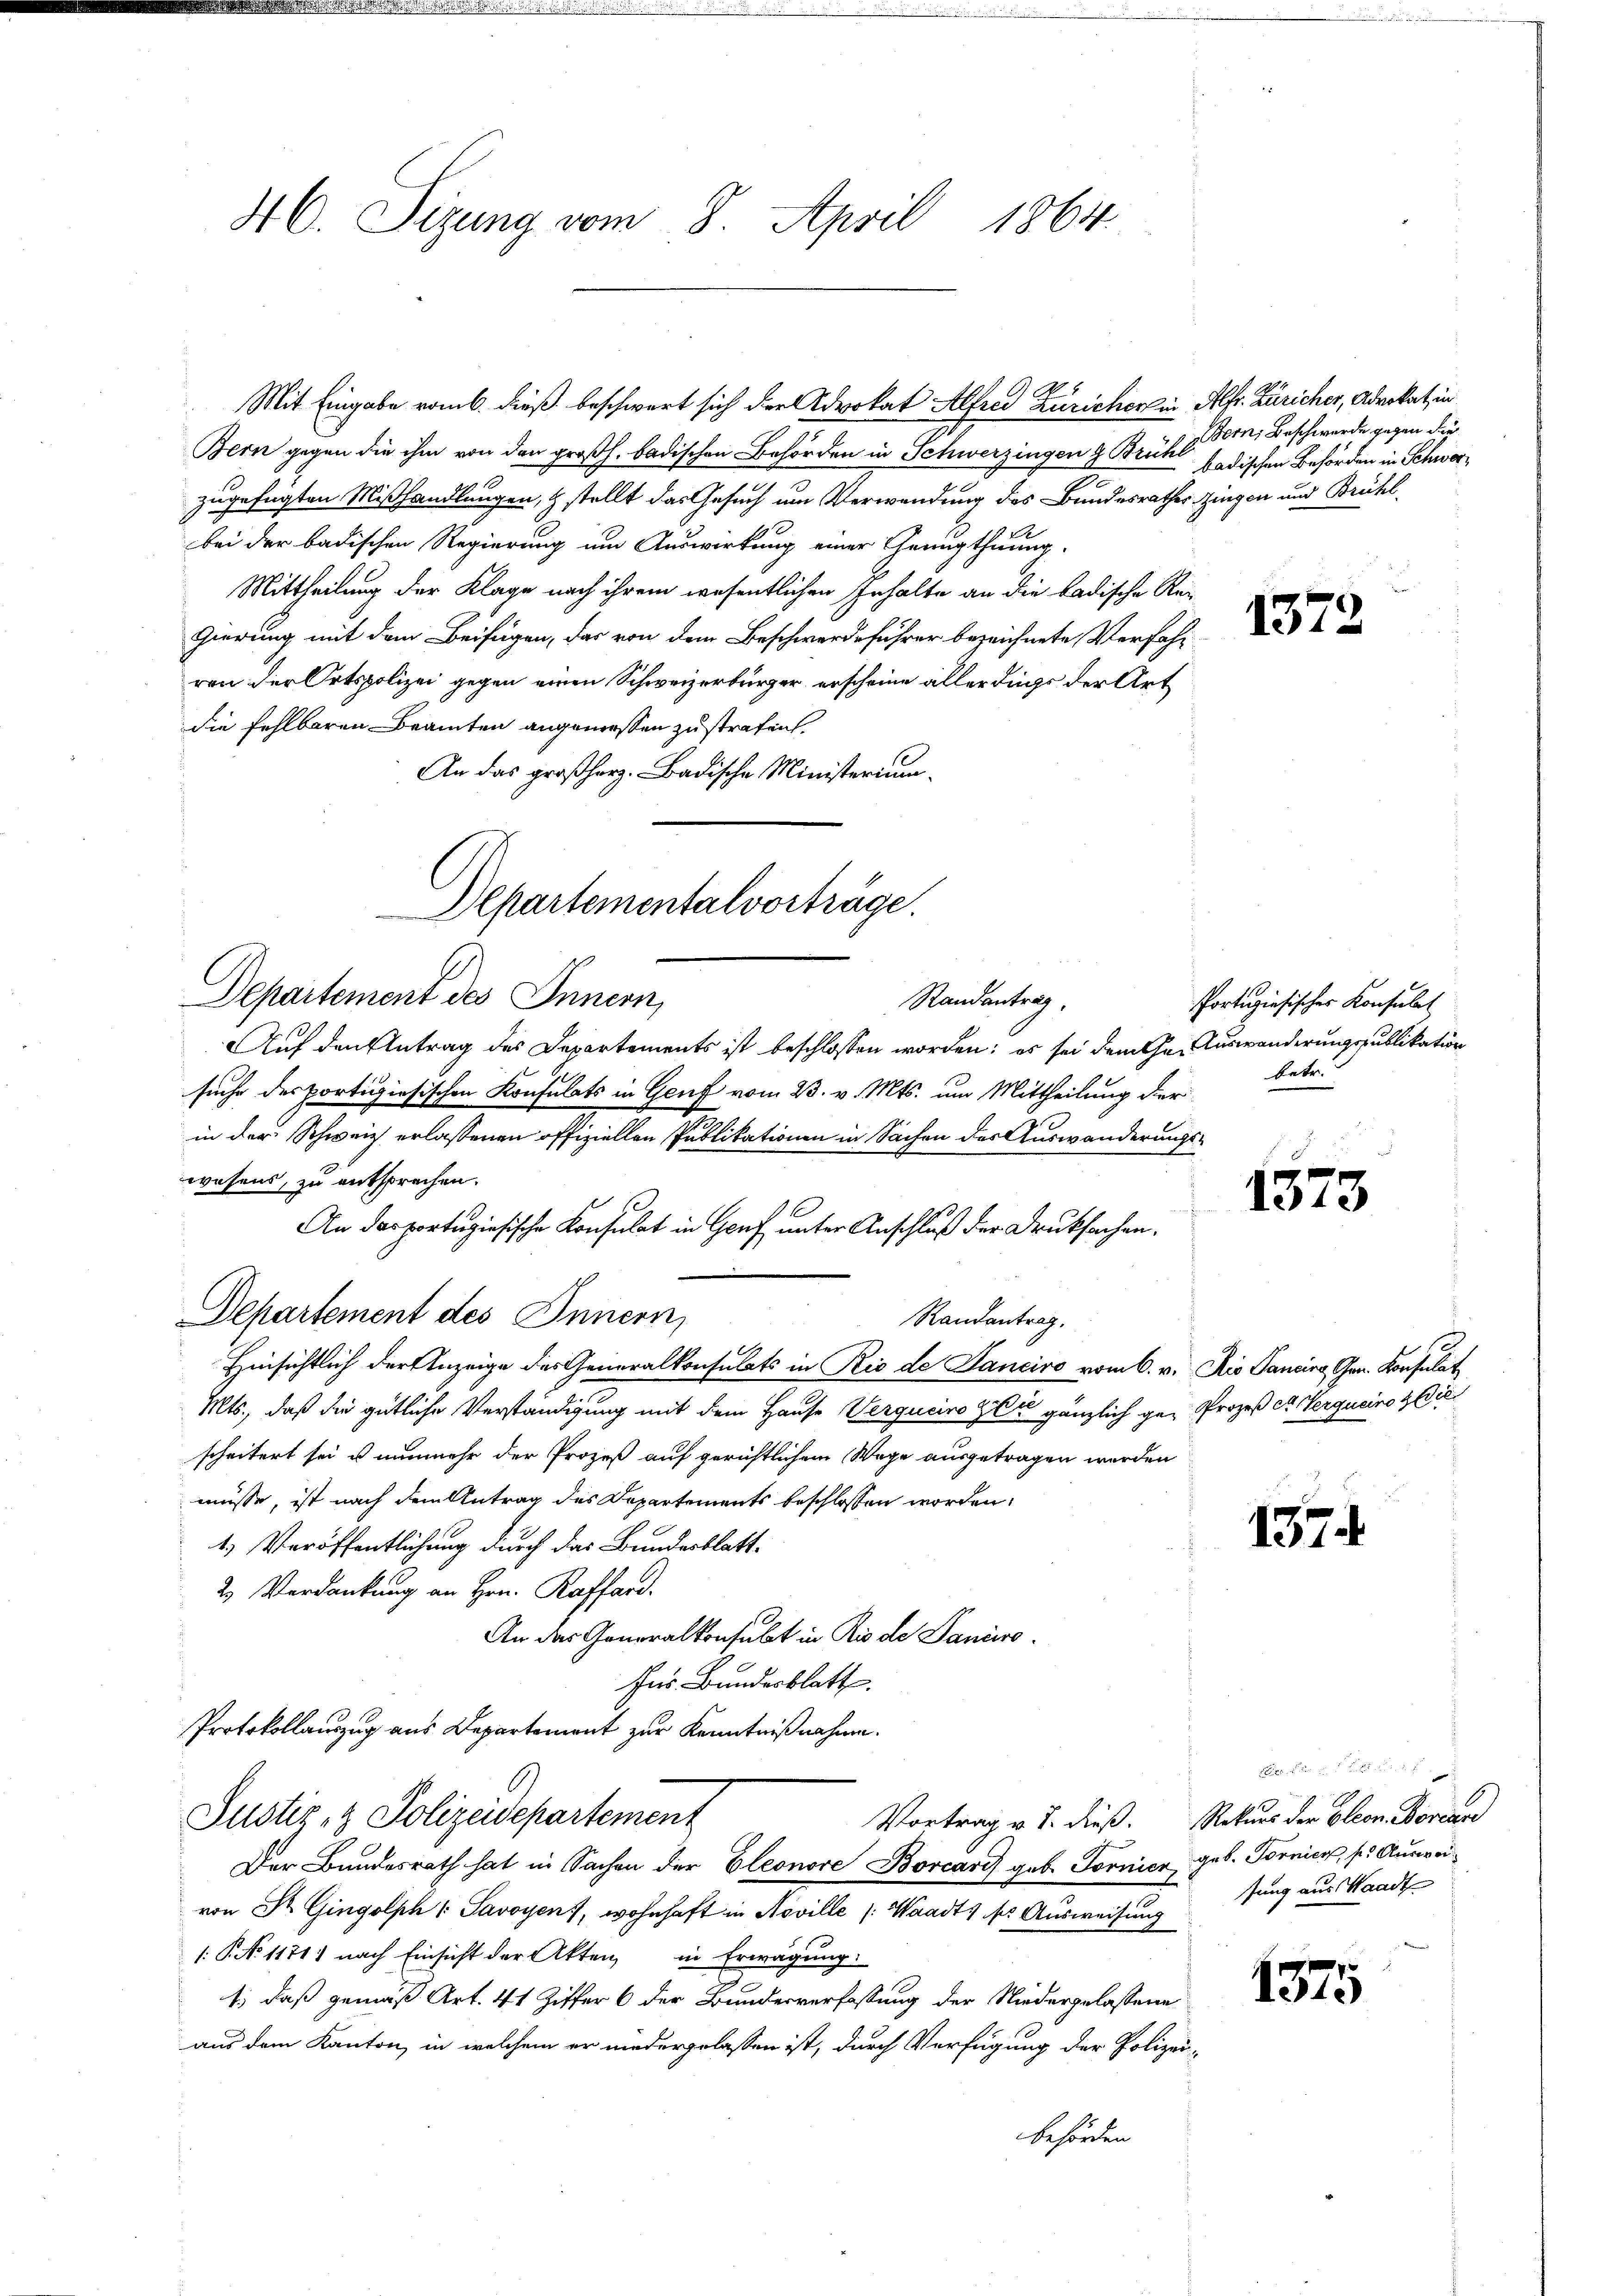
46. Sizung vom 8. April 1864.

Departementalverträge.
Departement des Innern,
Randantrag

Justiz- & Polizeidepartement

M.5
Mit Eingabe romb. dieß beschwert sich der Advokat Alfrei Zuricher in Alfr. Züricher, Advokat, in

Bern gegen die ihm von den großh. badischen Behörden in Schwerzingen & Brükl badischen Behörden in Schwerzugefügten Mißhandlungen, & stellt das Gesuch um Verwendung des Bundesrathes Zingen und Brühl
bei der badischen Regierung um Auswirkung einer Genugthuung
Mittheilung der Klage nach ihrem wesentlichen Inhalte an die badische Re-
gierung mit dem Beifügen, das von dem Beschwerdeführer bezeichnete Verfahr
ren der Ortspolizei gegen einen Schweizerbürger erscheine allerdings der Art
die fehlbaren Beamten angemessen zustrafen.
An das großherz. Badische Ministerium
Auf den Antrag des Departements ist beschlossen worden; es sei dem Ge- Auswanderungspublikation
suche des portisiesischen Konsulats in Genf vom 23. v. Mts. um Mittheilung der
in der Schweiz erlassenen offiziellen Publikationen in Sachen des Auswanderungs-
wesens, zu entsprechen.
An das portugisische Konsulat in Genf unter Anschluß der Druksachen.
Departement des Innern,
Randantrag.
.
Hinsichtlich der Anzeige des Generalkonsulats in Rio de Sanciro vom 6. v. Ris Pancina Grn. Konsulat
Mts., daß die gütliche Verständigung mit dem Hause Verguciro zu gänzlich ge- Prozeß er Vergucino zie
scheitert sei u. nunmehr der Prozeß auf gerichtlichem Wege ausgetragen werden
müsse, ist nach dem Antrag des Departements beschlossen worden,
1.) Veröffentlichung durch das Bundesblatt-
2. Verdankung an Hrn. Raffard.
An das Generalkonsubt in Rio de Paniire.
Ins Bundesblatt.
Protokollauszug aus Departement zur Kenntnißnahme.

Bern, Beschwerde gegen die

Der Bundesrath hat in Sachen der Eleonore Borcart geb. Tornica geb. Tornier, s. Ausweivon St. Gingolph Savoyen, wohnhaft in Noville (Waadt, so Ausweisung
1: No 1171) nach Einsicht der Akten, in Erwägung:
1., daß gemäß Art. 41 Ziffer 6 der Bundesverfassung der Niedergelassene
aus dem Kanton, in welchem er niedergelassen ist, durch Verfügung der Polizei-
behörden.

1372

Portugisischer Konsulat
betr.

e
1310

137.

F. . . . . . 1 f 0 x
Vortrag v. J. dieß. Rekurs der Eleon Borcare
sung aus Waadt

1375